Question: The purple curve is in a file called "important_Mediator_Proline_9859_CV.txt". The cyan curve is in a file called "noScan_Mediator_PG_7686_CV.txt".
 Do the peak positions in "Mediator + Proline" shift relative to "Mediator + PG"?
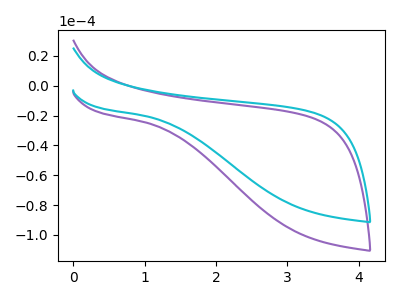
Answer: <think>The purple curve "Mediator + Proline" has no peaks. The cyan curve "Mediator + PG" has no peaks.
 Neither "Mediator + Proline" or "Mediator + PG" have any peaks.</think>
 <answer>No, "Mediator + Proline" and "Mediator + PG" don't appear to be significantly different in shape</answer>
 <eval>no_change</eval>